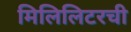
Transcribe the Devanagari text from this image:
मिलिलिटरची